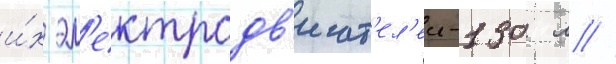
и́х эл'ектродв'игат'ел'еи-130 л //